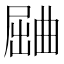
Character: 𱚾